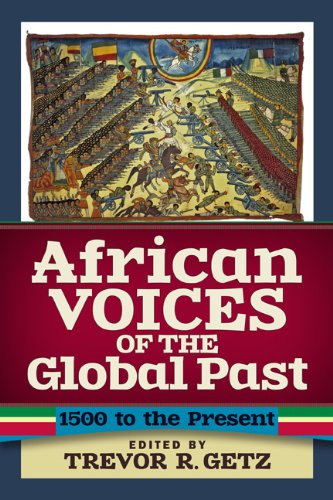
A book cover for African Voices of the Global Past: 1500 to the Present; Literature & Fiction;